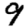
Digit: 9